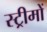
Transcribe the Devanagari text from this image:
स्ट्रीमों